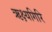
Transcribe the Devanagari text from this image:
ऋक्ष्यगिरि